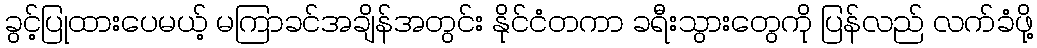
ခွင့်ပြုထားပေမယ့် မကြာခင်အချိန်အတွင်း နိုင်ငံတကာ ခရီးသွားတွေကို ပြန်လည် လက်ခံဖို့